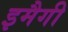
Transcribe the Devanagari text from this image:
इमैगी